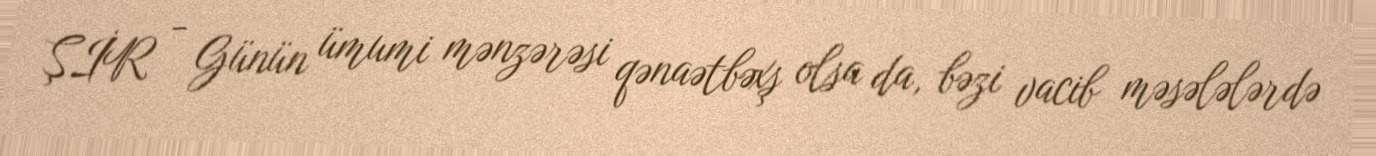
ŞİR - Günün ümumi mənzərəsi qənaətbəxş olsa da, bəzi vacib məsələlərdə